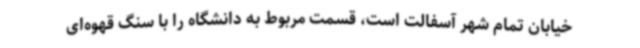
خیابان تمام شهر آسفالت است، قسمت مربوط به دانشگاه را با سنگ قهوه‌ای